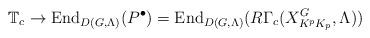
LaTeX: \begin{align*}\mathbb{T}_c \to \mathrm{End}_{D(G,\Lambda)}(P^\bullet) = \mathrm{End}_{D(G,\Lambda)}(R\Gamma_c(X_{K^p K_p}^G,\Lambda))\end{align*}